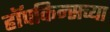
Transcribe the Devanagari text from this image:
हॉपकिन्सच्या